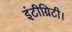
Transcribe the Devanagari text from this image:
इंटीग्रिटी।